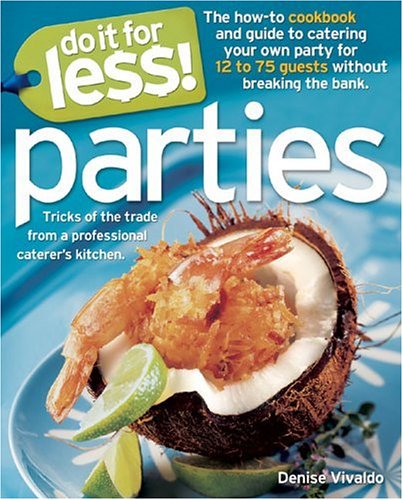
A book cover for Do It for Less! Parties: Tricks of the Trade from Professional Caterers' Kitchens; Denise Vivaldo; Cookbooks, Food & Wine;